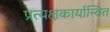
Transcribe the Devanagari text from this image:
प्रत्यक्षकार्यान्वित